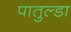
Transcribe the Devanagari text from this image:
पातुल्डा